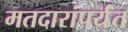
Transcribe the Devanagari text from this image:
मतदारांपर्यंत